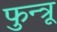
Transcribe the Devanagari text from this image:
फुन्त्रू